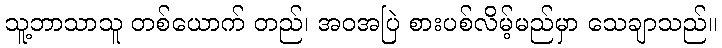
သူ့ဘာသာသူ တစ်ယောက် တည်၊ အဝအပြဲ စားပစ်လိမ့်မည်မှာ သေချာသည်။